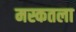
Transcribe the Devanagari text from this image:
मस्कतला